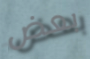
بعض